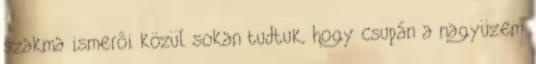
szakma ismerôi közül sokan tudtuk, hogy csupán a nagyüzem